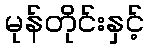
မုန်တိုင်းနှင့်